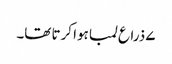
۷ ذراع لمبا ہوا کرتا تھا۔